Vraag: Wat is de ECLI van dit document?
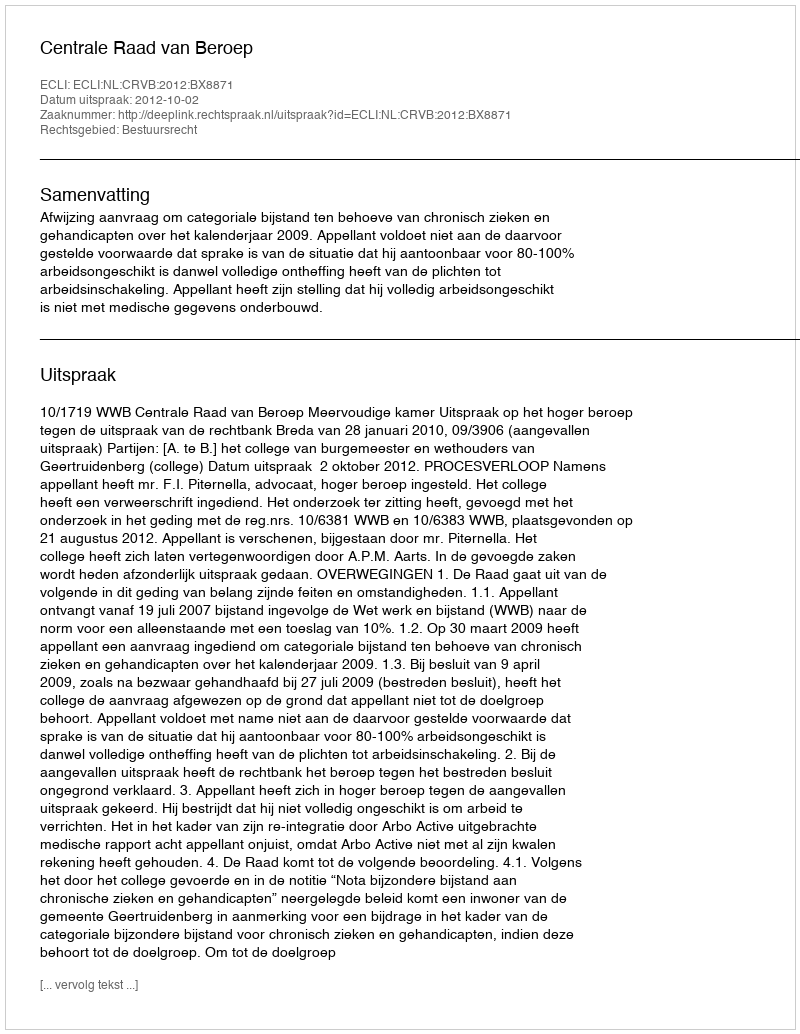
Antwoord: ECLI:NL:CRVB:2012:BX8871